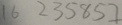
1 6 2 3 5 8 5 7